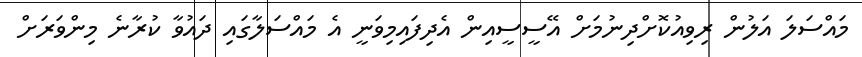
މައްސަލަ އަލުން ރިވިއުކޮށްދިނުމަށް އޭސީސީއިން އެދިިފައިމިވަނީ އެ މައްސަލާގައި ދައުވާ ކުރާނެ މިންވަރަށް